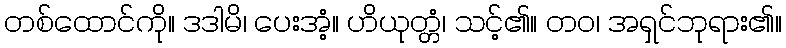
တစ်ထောင်ကို။ ဒဒါမိ၊ ပေးအံ့။ ဟိယုတ္တံ၊ သင့်၏။ တဝ၊ အရှင်ဘုရား၏။